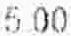
5.00